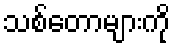
သစ်တောများကို